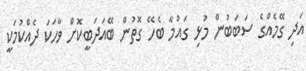
އަދި ގޭމެއްގެ ސަބަބުން މުޅި ގައުމާ ބެހޭ ގޮތުން ބޭއަދަބީކޮށް ވާހަކަ ދެއްކުމަކީ